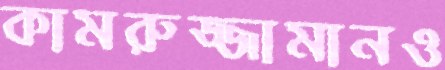
কামরুজ্জামানও